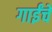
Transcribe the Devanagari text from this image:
गाईंचे